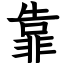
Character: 靠